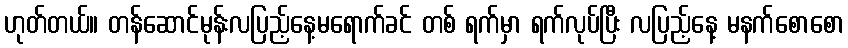
ဟုတ်တယ်။ တန်ဆောင်မုန်းလပြည့်နေ့မရောက်ခင် တစ် ရက်မှာ ရက်လုပ်ပြီး လပြည့်နေ့ မနက်စောစော